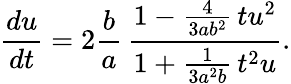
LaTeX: \frac{du}{dt}=2\frac{b}{a}\, \frac{1-\frac{4}{3ab^{2}}\, tu^{2}}{1+\frac{1}{3a^{2}b}\, t^{2}u}.